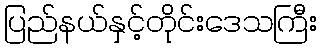
ပြည်နယ်နှင့်တိုင်းဒေသကြီး